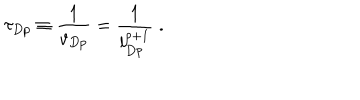
LaTeX: \tau _ { D p } \equiv \frac { 1 } { v _ { D p } } = \frac { 1 } { l _ { D p } ^ { p + 1 } } \; .